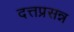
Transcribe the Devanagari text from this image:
दत्तप्रसन्न